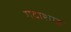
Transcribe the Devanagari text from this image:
गदाशाह